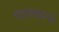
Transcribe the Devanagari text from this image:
पालकरने